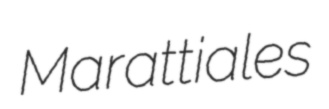
Marattiales